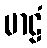
မာဠံ